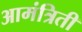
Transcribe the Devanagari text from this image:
आमंत्रिती